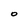
Character: O